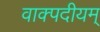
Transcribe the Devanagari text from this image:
वाक्पदीयम्‌